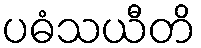
ပဓံသယီတိ